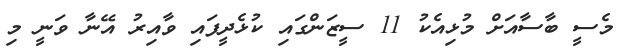
މެސީ ބާސާއަށް މުޅިއެކު 11 ސީޒަންގައި ކުޅެދީފައި ވާއިރު އޭނާ ވަނީ މި